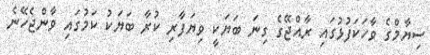
ސިޔާމްގެ ވާހަކަފުޅުގައި ރާއްޖޭގެ ގިނަ ބަޔަކީ ވިޔަފާރި ކުރާ ބަޔަކު ކަމުގައި ވާންޖެހޭނެ